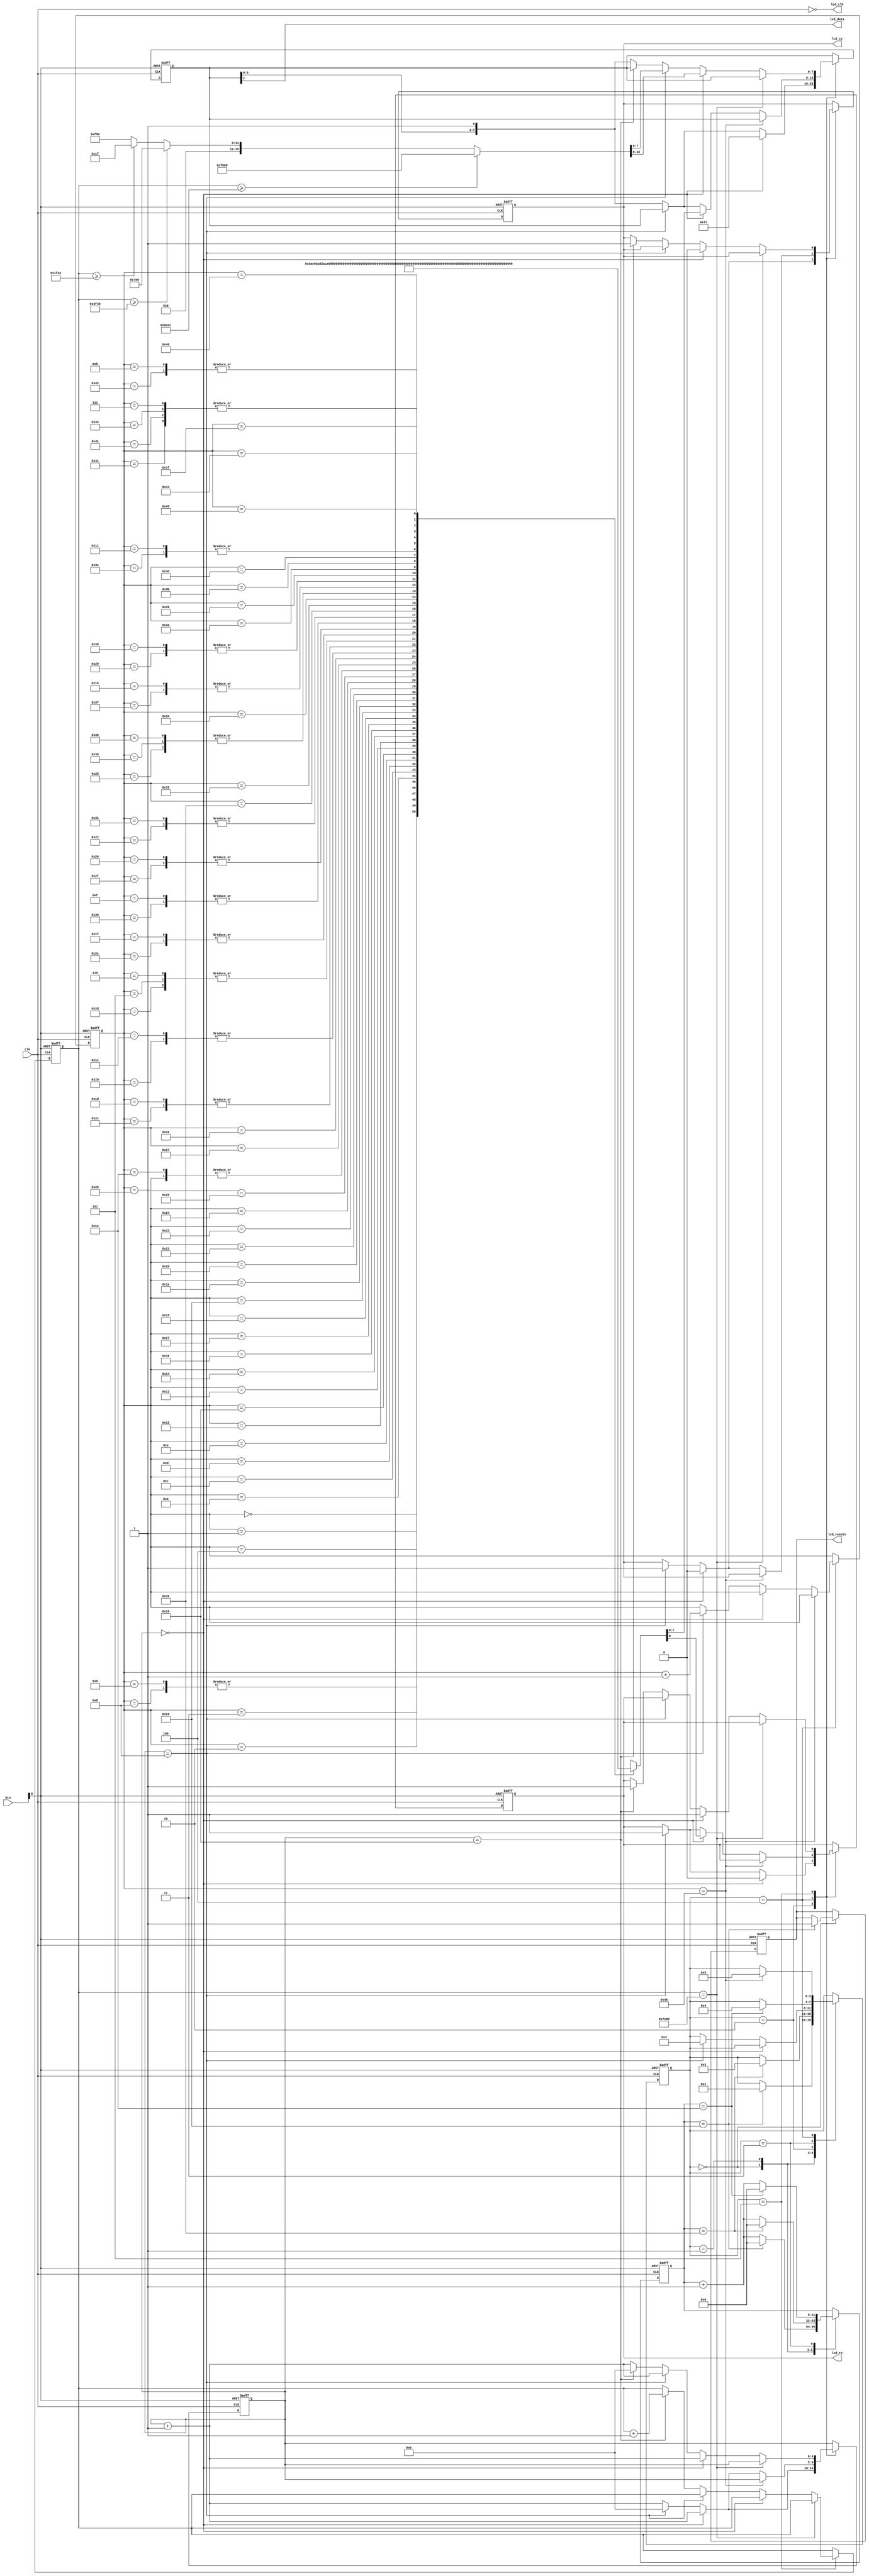
// 1.14 inch 240x135 SPI LCD TEST for TANG NANO 9K
// by fanoble, QQ:87430545
// 27/6/2022

module top(
	input clk, // 27M
	input [7:0] btn,

	output lcd_resetn,
	output lcd_clk,
	output lcd_cs,
	output lcd_rs,
	output lcd_data
);

wire resetn;
assign resetn = btn[0];

localparam MAX_CMDS = 69;

wire [8:0] init_cmd[MAX_CMDS:0];

assign init_cmd[ 0] = 9'h036;
assign init_cmd[ 1] = 9'h170;
assign init_cmd[ 2] = 9'h03A;
assign init_cmd[ 3] = 9'h105;
assign init_cmd[ 4] = 9'h0B2;
assign init_cmd[ 5] = 9'h10C;
assign init_cmd[ 6] = 9'h10C;
assign init_cmd[ 7] = 9'h100;
assign init_cmd[ 8] = 9'h133;
assign init_cmd[ 9] = 9'h133;
assign init_cmd[10] = 9'h0B7;
assign init_cmd[11] = 9'h135;
assign init_cmd[12] = 9'h0BB;
assign init_cmd[13] = 9'h119;
assign init_cmd[14] = 9'h0C0;
assign init_cmd[15] = 9'h12C;
assign init_cmd[16] = 9'h0C2;
assign init_cmd[17] = 9'h101;
assign init_cmd[18] = 9'h0C3;
assign init_cmd[19] = 9'h112;
assign init_cmd[20] = 9'h0C4;
assign init_cmd[21] = 9'h120;
assign init_cmd[22] = 9'h0C6;
assign init_cmd[23] = 9'h10F;
assign init_cmd[24] = 9'h0D0;
assign init_cmd[25] = 9'h1A4;
assign init_cmd[26] = 9'h1A1;
assign init_cmd[27] = 9'h0E0;
assign init_cmd[28] = 9'h1D0;
assign init_cmd[29] = 9'h104;
assign init_cmd[30] = 9'h10D;
assign init_cmd[31] = 9'h111;
assign init_cmd[32] = 9'h113;
assign init_cmd[33] = 9'h12B;
assign init_cmd[34] = 9'h13F;
assign init_cmd[35] = 9'h154;
assign init_cmd[36] = 9'h14C;
assign init_cmd[37] = 9'h118;
assign init_cmd[38] = 9'h10D;
assign init_cmd[39] = 9'h10B;
assign init_cmd[40] = 9'h11F;
assign init_cmd[41] = 9'h123;
assign init_cmd[42] = 9'h0E1;
assign init_cmd[43] = 9'h1D0;
assign init_cmd[44] = 9'h104;
assign init_cmd[45] = 9'h10C;
assign init_cmd[46] = 9'h111;
assign init_cmd[47] = 9'h113;
assign init_cmd[48] = 9'h12C;
assign init_cmd[49] = 9'h13F;
assign init_cmd[50] = 9'h144;
assign init_cmd[51] = 9'h151;
assign init_cmd[52] = 9'h12F;
assign init_cmd[53] = 9'h11F;
assign init_cmd[54] = 9'h11F;
assign init_cmd[55] = 9'h120;
assign init_cmd[56] = 9'h123;
assign init_cmd[57] = 9'h021;
assign init_cmd[58] = 9'h029;

assign init_cmd[59] = 9'h02A; // column
assign init_cmd[60] = 9'h100;
assign init_cmd[61] = 9'h128;
assign init_cmd[62] = 9'h101;
assign init_cmd[63] = 9'h117;
assign init_cmd[64] = 9'h02B; // row
assign init_cmd[65] = 9'h100;
assign init_cmd[66] = 9'h135;
assign init_cmd[67] = 9'h100;
assign init_cmd[68] = 9'h1BB;
assign init_cmd[69] = 9'h02C; // start

localparam INIT_RESET   = 4'b0000; // delay 100ms while reset
localparam INIT_PREPARE = 4'b0001; // delay 200ms after reset
localparam INIT_WAKEUP  = 4'b0010; // write cmd 0x11 MIPI_DCS_EXIT_SLEEP_MODE
localparam INIT_SNOOZE  = 4'b0011; // delay 120ms after wakeup
localparam INIT_WORKING = 4'b0100; // write command & data
localparam INIT_DONE    = 4'b0101; // all done

/*
reg [15:0] image[0:7];

initial begin
image[0] = 16'hFFFF;
image[1] = 16'h0000;
image[2] = 16'h7575;
image[3] = 16'hE8E8;
image[4] = 16'h1C1C;
image[5] = 16'h00FF;
image[6] = 16'hFF00;
image[7] = 16'h00EE;
end
*/

`ifdef MODELTECH

localparam CNT_100MS = 32'd2500000;
localparam CNT_120MS = 32'd3000000;
localparam CNT_200MS = 32'd5000000;

`else

// speedup for simulation
localparam CNT_100MS = 32'd25;
localparam CNT_120MS = 32'd30;
localparam CNT_200MS = 32'd50;

`endif


reg [ 3:0] init_state;
reg [ 6:0] cmd_index;
reg [31:0] clk_cnt;
reg [ 4:0] bit_loop;

reg [15:0] pixel_cnt;

reg lcd_cs_r;
reg lcd_rs_r;
reg lcd_reset_r;

reg [7:0] spi_data;

assign lcd_resetn = lcd_reset_r;
assign lcd_clk    = ~clk;
assign lcd_cs     = lcd_cs_r;
assign lcd_rs     = lcd_rs_r;
assign lcd_data   = spi_data[7]; // MSB

// gen color bar
wire [15:0] pixel = (pixel_cnt >= 24300) ? 16'hF800 :
					(pixel_cnt >= 16200) ? 16'h07E0 : 
					(pixel_cnt >= 8100) ? 16'h001F : 16'h0F50;

//wire [15:0] pixel = image[pixel_cnt%8];

//wire [15:0] pixel = (pixel_cnt < 25601) ? image[pixel_cnt] : image[pixel_cnt%8];

//wire [15:0] pixel = (pixel_cnt < 25601) ? (image[pixel_cnt] == 1'b1) ? 16'hFFFF : 16'h0000 : 16'h0000;

//wire [15:0] pixel = 16'hFFFF;

always@(posedge clk or negedge resetn) begin
	if (~resetn) begin
		clk_cnt <= 0;
		cmd_index <= 0;
		init_state <= INIT_RESET;

		lcd_cs_r <= 1;
		lcd_rs_r <= 1;
		lcd_reset_r <= 0;
		spi_data <= 8'hFF;
		bit_loop <= 0;

		pixel_cnt <= 0;
	end else begin

		case (init_state)

			INIT_RESET : begin
				if (clk_cnt == CNT_100MS) begin
					clk_cnt <= 0;
					init_state <= INIT_PREPARE;
					lcd_reset_r <= 1;
				end else begin
					clk_cnt <= clk_cnt + 1;
				end
			end

			INIT_PREPARE : begin
				if (clk_cnt == CNT_200MS) begin
					clk_cnt <= 0;
					init_state <= INIT_WAKEUP;
				end else begin
					clk_cnt <= clk_cnt + 1;
				end
			end

			INIT_WAKEUP : begin
				if (bit_loop == 0) begin
					// start
					lcd_cs_r <= 0;
					lcd_rs_r <= 0;
					spi_data <= 8'h11; // exit sleep
					bit_loop <= bit_loop + 1;
				end else if (bit_loop == 8) begin
					// end
					lcd_cs_r <= 1;
					lcd_rs_r <= 1;
					bit_loop <= 0;
					init_state <= INIT_SNOOZE;
				end else begin
					// loop
					spi_data <= { spi_data[6:0], 1'b1 };
					bit_loop <= bit_loop + 1;
				end
			end

			INIT_SNOOZE : begin
				if (clk_cnt == CNT_120MS) begin
					clk_cnt <= 0;
					init_state <= INIT_WORKING;
				end else begin
					clk_cnt <= clk_cnt + 1;
				end
			end

			INIT_WORKING : begin
				if (cmd_index == MAX_CMDS + 1) begin
					init_state <= INIT_DONE;
				end else begin
					if (bit_loop == 0) begin
						// start
						lcd_cs_r <= 0;
						lcd_rs_r <= init_cmd[cmd_index][8];
						spi_data <= init_cmd[cmd_index][7:0];
						bit_loop <= bit_loop + 1;
					end else if (bit_loop == 8) begin
						// end
						lcd_cs_r <= 1;
						lcd_rs_r <= 1;
						bit_loop <= 0;
						cmd_index <= cmd_index + 1; // next command
					end else begin
						// loop
						spi_data <= { spi_data[6:0], 1'b1 };
						bit_loop <= bit_loop + 1;
					end
				end
			end

			INIT_DONE : begin
				if (pixel_cnt == 32400) begin
					; // stop
				end else begin
					if (bit_loop == 0) begin
						// start
						lcd_cs_r <= 0;
						lcd_rs_r <= 1;
//						spi_data <= 8'hF8; // RED
						spi_data <= pixel[15:8];
						bit_loop <= bit_loop + 1;
					end else if (bit_loop == 8) begin
						// next byte
//						spi_data <= 8'h00; // RED
						spi_data <= pixel[7:0];
						bit_loop <= bit_loop + 1;
					end else if (bit_loop == 16) begin
						// end
						lcd_cs_r <= 1;
						lcd_rs_r <= 1;
						bit_loop <= 0;
						pixel_cnt <= pixel_cnt + 1; // next pixel
					end else begin
						// loop
						spi_data <= { spi_data[6:0], 1'b1 };
						bit_loop <= bit_loop + 1;
					end
				end
			end

		endcase

	end
end

endmodule